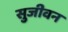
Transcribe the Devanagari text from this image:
सुजीवन